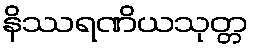
နိဿရဏိယသုတ္တ